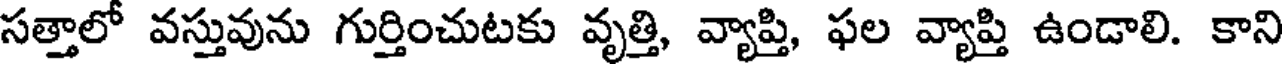
సత్తాలో వస్తువును గుర్తించుటకు వృత్తి, వ్యాప్తి, ఫల వ్యాప్తి ఉండాలి. కాని